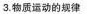
3.物质运动的规律